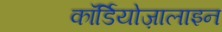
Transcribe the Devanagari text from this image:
कॉर्डियोज़ालाइन